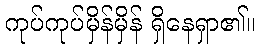
ကုပ်ကုပ်မှိန်မှိန် ရှိနေရှာ၏။